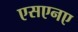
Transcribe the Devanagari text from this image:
एसएनए